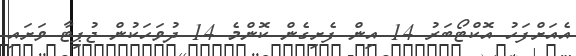
އެއަށްފަހު އޮކްޓޯބަރު 14 އިން ފެށިގެން ކޮންމެ 14 ދުވަހަކުން ޖުޕިޓާ ވަށައި